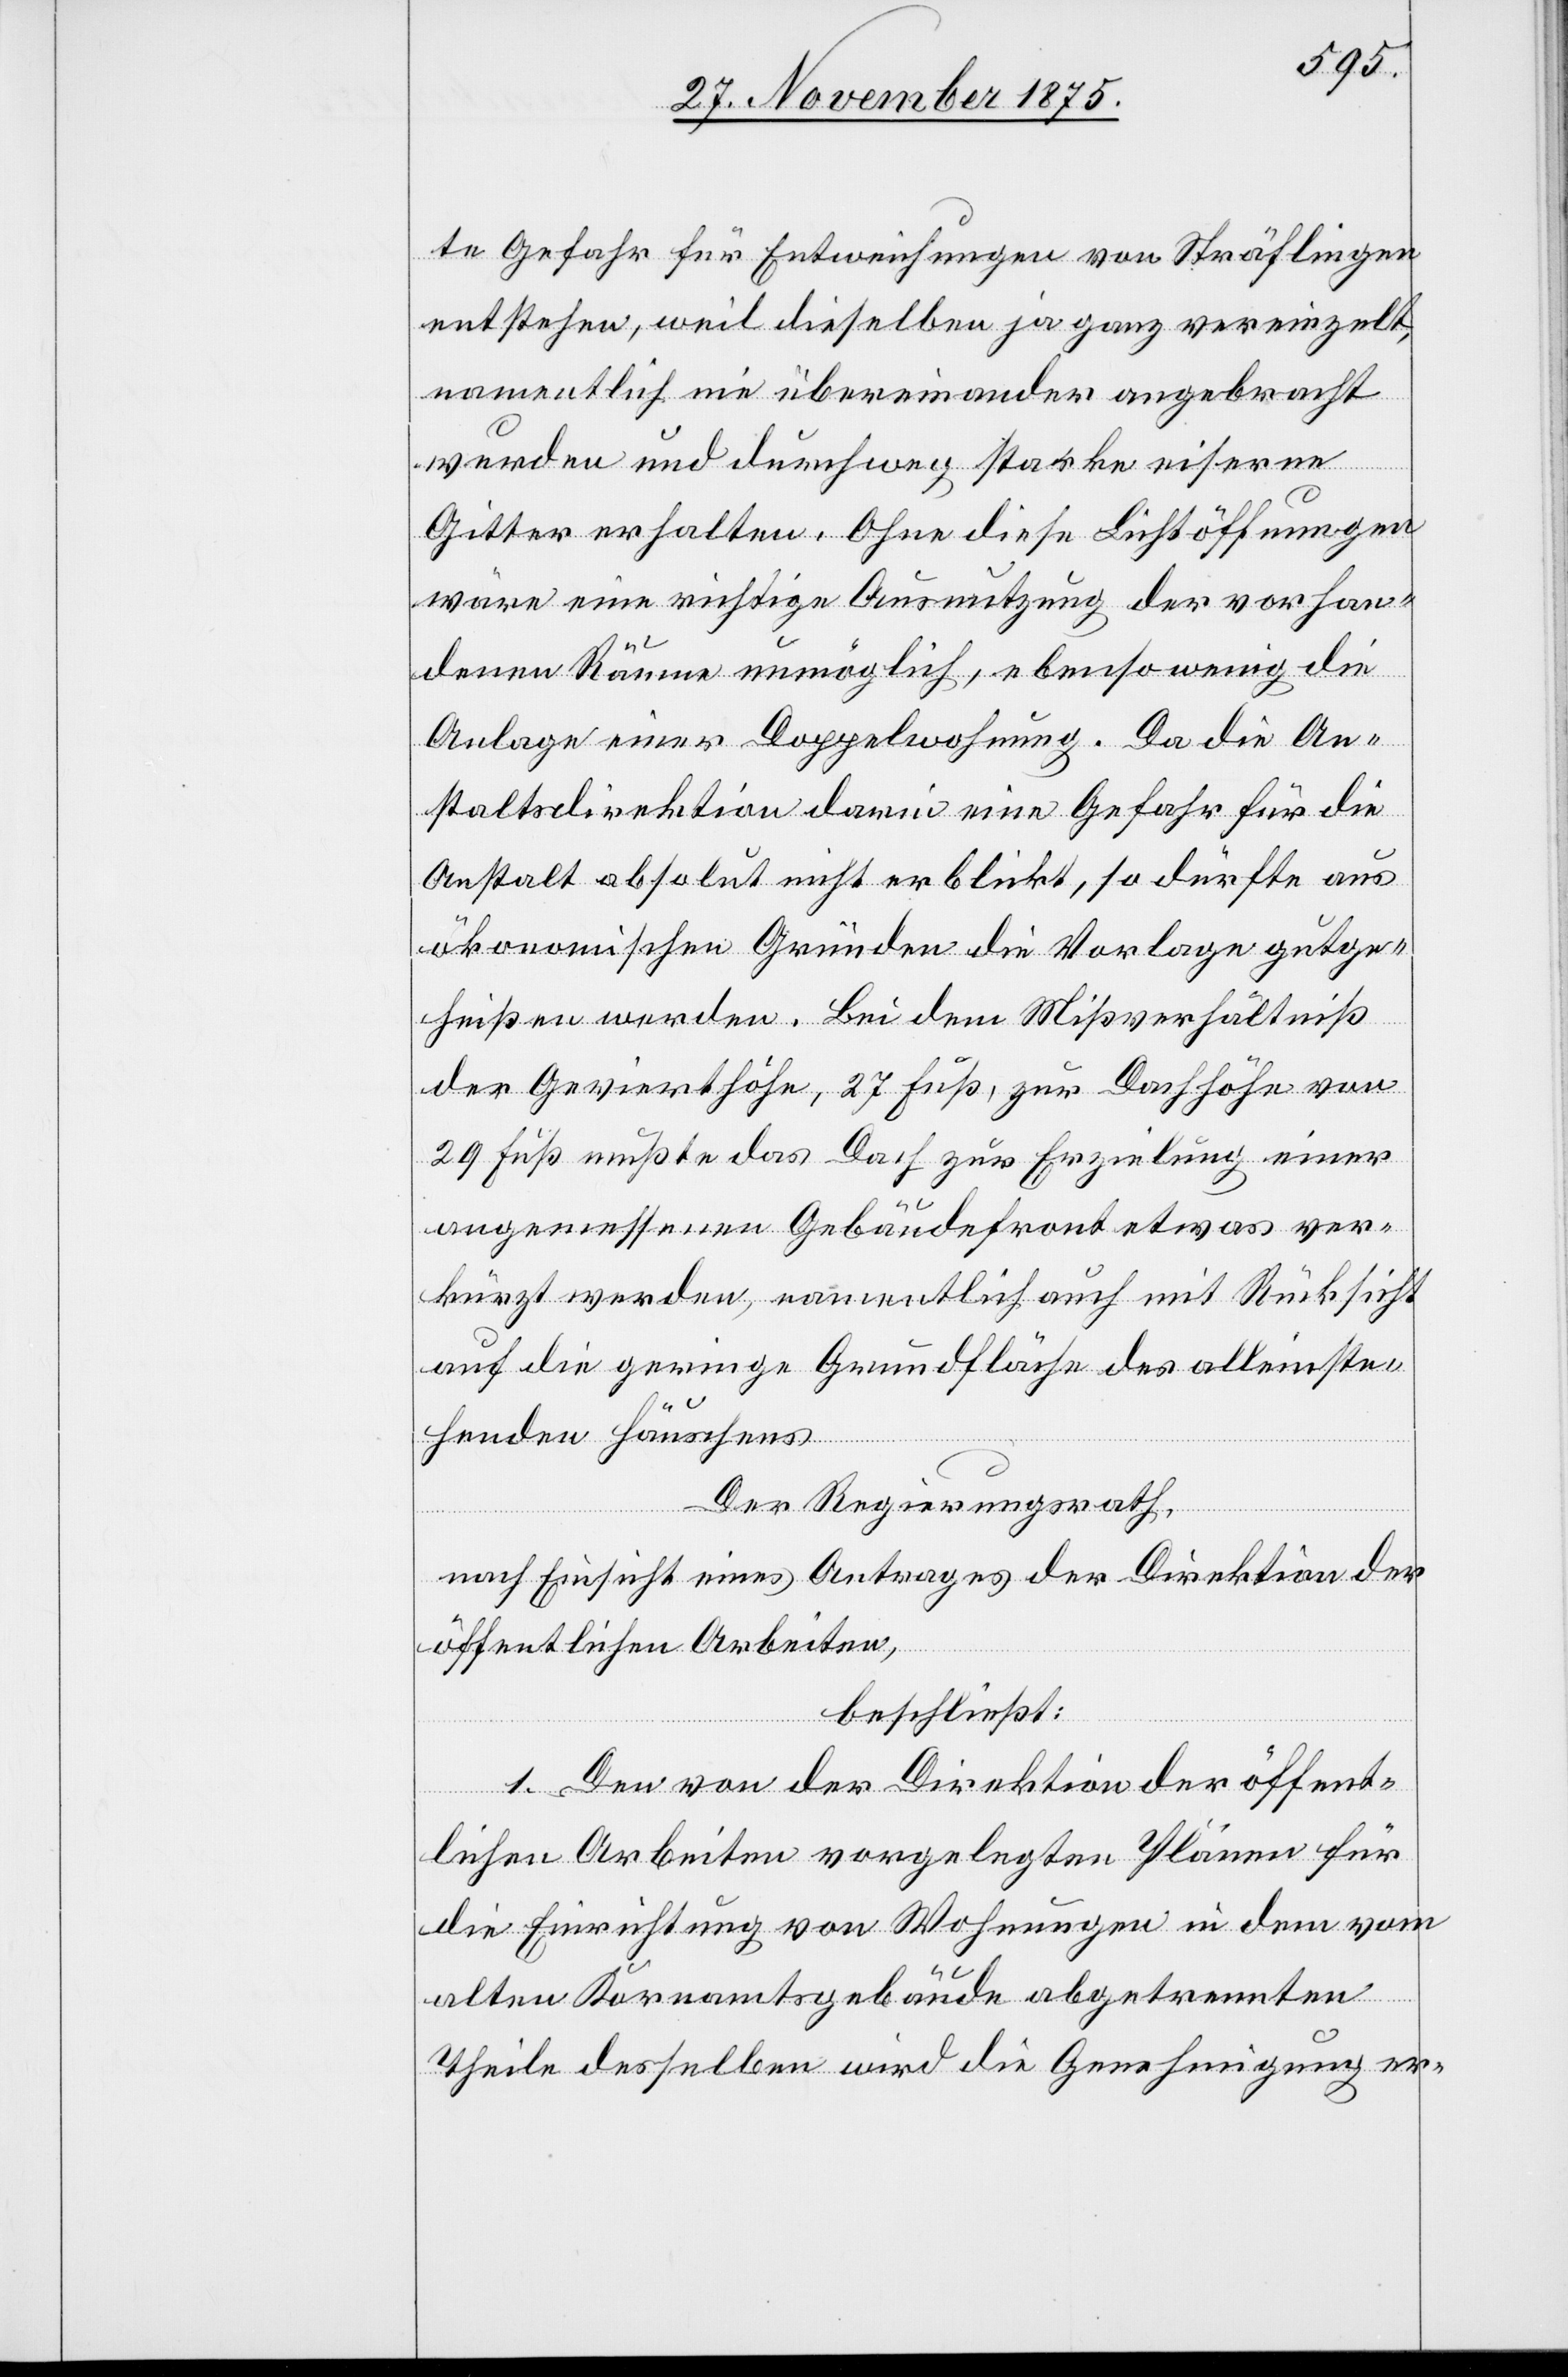
te Gefahr für Entweichungen von Sträflingen
entstehen, weil dieselben ja ganz vereinzelt,
namentlich nie übereinander angebracht
wurden und durchweg starke eiserne
Gitter erhalten. Ohne diese Lichtöffnungen
wäre eine richtige Ausnutzung der vorhan¬
denen Räume unmöglich, ebensowenig die
Anlage einer Doppelwohnung. Da die An¬
staltsdirektion darin eine Gefahr für die
Anstalt absolut nicht erblickt, so dürfte aus
ökonomischen Gründen die Vorlage gutge¬
heißen werden. Bei dem Mißverhältniß
der Gevierthöhe, 27 Fuß, zur Dachhöhe von
29 Fuß müßte das Dach zur Erzielung einer
angemessenen Gebäudefront etwas ver¬
kürzt werden, namentlich auch mit Rücksicht
auf die geringe Grundfläche des alleinste¬
henden Häuschens.
Der Regierungsrath,
nach Einsicht eines Antrages der Direktion der
öffentlichen Arbeiten,
beschließt:
1. Den von der Direktion der öffent¬
lichen Arbeiten vorgelegten Plänen für
die Einrichtung von Wohnungen in dem vom
alten Kornamtsgebäude abgetrennten
Theile desselben wird die Genehmigung er-